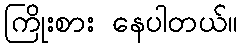
ကြိုးစား နေပါတယ်။